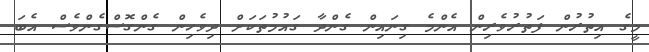
މީގެ އިތުރުން ފަތުރުވެރިން އެންމެ ގިނައިން ގެންދާ ގައުމުތަކަށް ދިވެހިން ގެންގޮސްގެންވެސް އެބަ